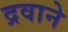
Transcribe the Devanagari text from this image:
द्रवाने